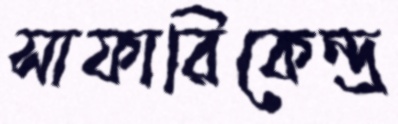
সাফারিকেন্দ্র